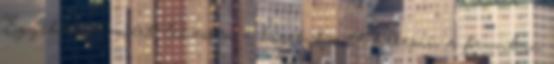
Egyébként miért lehessen a hírek között keresni, a fórumban